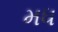
મધ